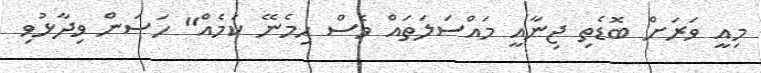
މިއީ ވަރަށް ބޮޑެތި ޖިނާއީ މައްސަލަތައް ވެސް ހިމެނޭ ކަމެއް" ހަސަން ވިދާޅުވި